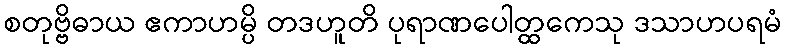
စတုဗ္ဗိဓာယ ဧကာဟမ္ပိ တဒဟူတိ ပုရာဏပေါတ္ထကေသု ဒသာဟပရမံ